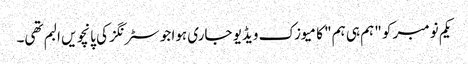
یکم نومبر کو "ہم ہی ہم" کا میوزک ویڈیو جاری ہوا جو سٹرنگز کی پانچویں البم تھی۔